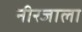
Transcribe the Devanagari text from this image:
नीरजाला